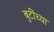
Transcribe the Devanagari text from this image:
बुटींच्या